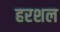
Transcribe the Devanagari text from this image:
हरशल